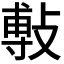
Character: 𭤅